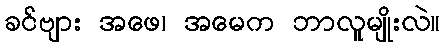
ခင်ဗျား အဖေ၊ အမေက ဘာလူမျိုးလဲ။